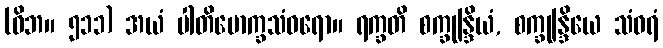
(ဝိဘ။ ၅၁၁) အယံ ပါတိမောက္ခသံဝရော။ ရက္ခတိ စက္ခုန္ဒြိယံ, စက္ခုန္ဒြိယေ သံဝရံ